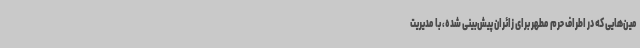
مین‌هایی که در اطراف حرم مطهر برای زائران پیش‌بینی شده، با مدیریت